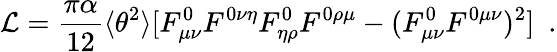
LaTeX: {\cal L}=\frac{\pi\alpha}{12}\langle\theta^{2}\rangle[F_{\mu\nu}^{0}F^{0\nu\eta}F_{\eta\rho}^{0}F^{0\rho\mu}-(F_{\mu\nu}^{0}F^{0\mu\nu})^{2}]\, \, \, .